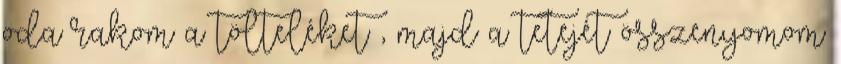
oda rakom a tölteléket , majd a tetejét összenyomom